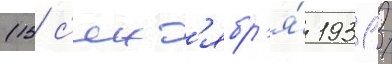
(15 с'ент'ябр'я́ 1931 /